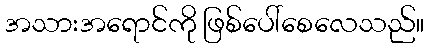
အသားအရောင်ကို ဖြစ်ပေါ်စေလေသည်။